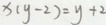
x ( y - 2 ) = y + 2